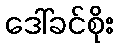
ဒေါ်ခင်စိုး